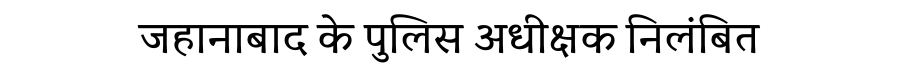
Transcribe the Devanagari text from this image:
जहानाबाद के पुलिस अधीक्षक निलंबित